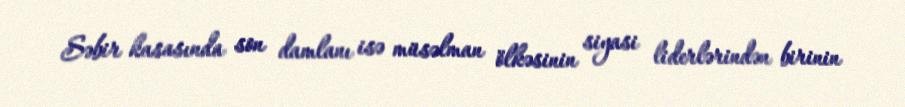
Səbir kasasında son damlanı isə müsəlman ölkəsinin siyasi liderlərindən birinin